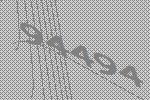
94494